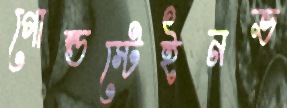
গোল্ডস্টেইনভ